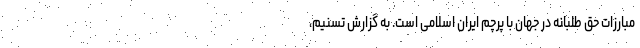
مبارزات حق طلبانه در جهان با پرچم ایران اسلامی است. به گزارش تسنیم،